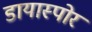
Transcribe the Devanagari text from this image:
डायास्पोर